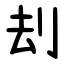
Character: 刦